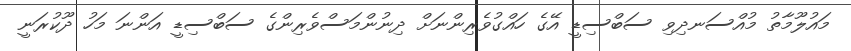
މައުލޫމާތު މުއްސަނދިވި ސަބްސިޑީ އޭގެ ހައްގުވެރިންނަށް ދިނުންމަސްވެރިންގެ ސަބްސިޑީ އަންނަ މަހު ދޫކުރަނީ